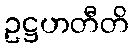
ဥဋ္ဌဟတီတိ